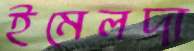
ইমেলদা